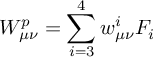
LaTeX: W _ { \mu \nu } ^ { p } = \sum _ { i = 3 } ^ { 4 } w _ { \mu \nu } ^ { i } { \cal F } _ { i }